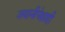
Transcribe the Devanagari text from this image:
जवानीपेक्षाही